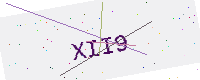
Text: XII9